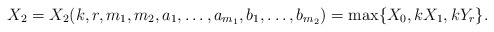
\begin{align*} X_2 = X_2(k, r, m_1, m_2, a_1, \ldots, a_{m_{1}}, b_1, \ldots, b_{m_{2}}) = \max \{ X_0, kX_1, kY_r \}.\end{align*}